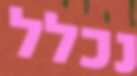
נכלל